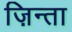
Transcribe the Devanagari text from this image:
ज़िन्ता